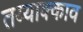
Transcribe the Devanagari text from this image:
तय्याक्काव